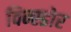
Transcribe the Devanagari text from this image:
विन्स्डोर